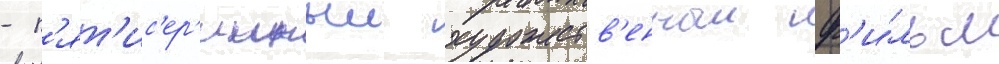
- п'ят'ис'ер'ииныи художеств'енныи ф'и́льм